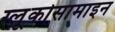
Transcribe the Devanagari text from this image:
ग्लूकोसामाइन